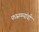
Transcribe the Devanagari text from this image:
फासळ्यांची